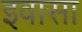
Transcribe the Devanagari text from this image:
इवासा